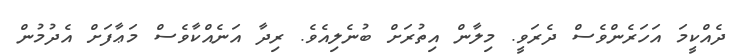
ދެއްކީމަ އަހަރެންވެސް ދެރަވީ. މިލާން އިތުރަށް ބުނެލިއެވެ. ރިދާ އަނެއްކާވެސް މަޢާފަށް އެދުމުން